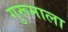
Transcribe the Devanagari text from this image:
गुरूमाला